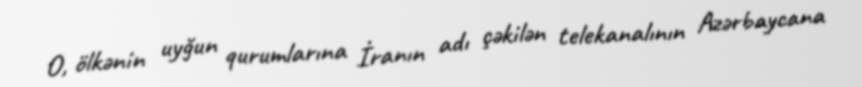
O, ölkənin uyğun qurumlarına İranın adı çəkilən telekanalının Azərbaycana